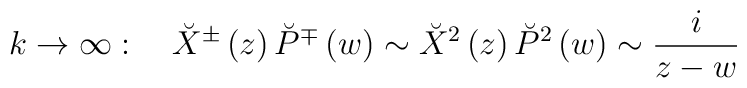
k\rightarrow \infty :\quad \breve{X}^{\pm }\left( z\right) \breve{P}^{\mp}\left( w\right) \sim \breve{X}^2\left( z\right) \breve{P}^2\left( w\right)\sim \frac i{z-w}